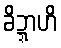
ခိဍ္ဍာဟိ